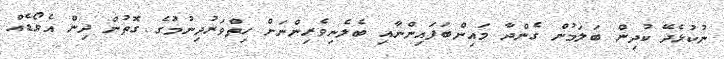
ނުކުޅެދޭ ކުދިން ބަލަމުން ގެންދާ މައިންބަފައިންނާއި ބެލެނިވެރިންނަށް ހިތްވަރުދިނުމުގެ ގޮތުން ދިން އެވޯޑެއް